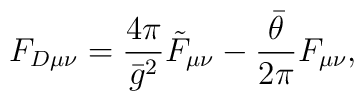
F_{D\mu\nu}=\frac{4\pi}{\bar g^2}\tilde F_{\mu\nu}-\frac{\bar\theta}{2\pi}F_{\mu\nu},